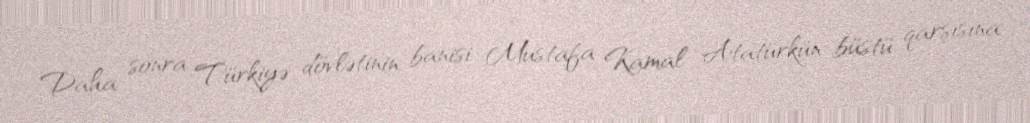
Daha sonra Türkiyə dövlətinin banisi Mustafa Kamal Atatürkün büstü qarşısına